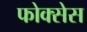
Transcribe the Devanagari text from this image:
फोक्सेस